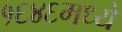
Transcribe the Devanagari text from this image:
१६४६मध्ये